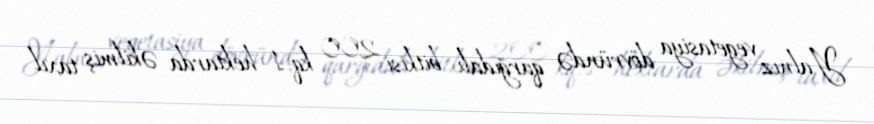
Yalnız vegetasiya dövründə qarğıdalı bitkisi 200 kq, 1 hektarda əkilmiş taxıl